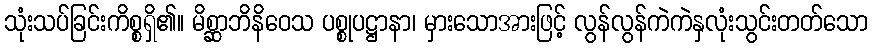
သုံးသပ်ခြင်းကိစ္စရှိ၏။ မိစ္ဆာဘိနိဝေသ ပစ္စုပဋ္ဌာနာ၊ မှားသောအားဖြင့် လွန်လွန်ကဲကဲနှလုံးသွင်းတတ်သော